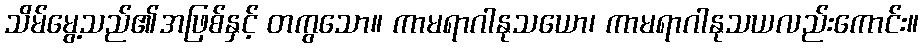
သိမ်မွေ့သည်၏အဖြစ်နှင့် တကွသော။ ကာမရာဂါနုသယော၊ ကာမရာဂါနုသယလည်းကောင်း။